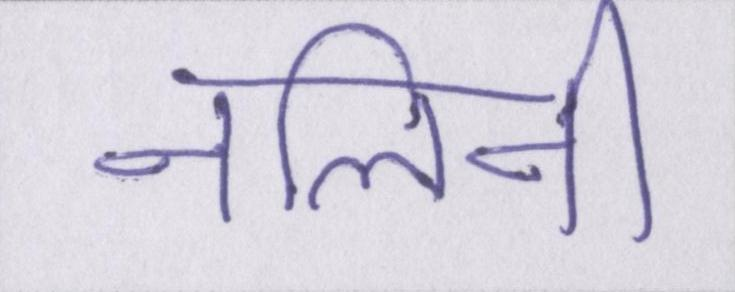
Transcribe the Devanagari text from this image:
नलिनी